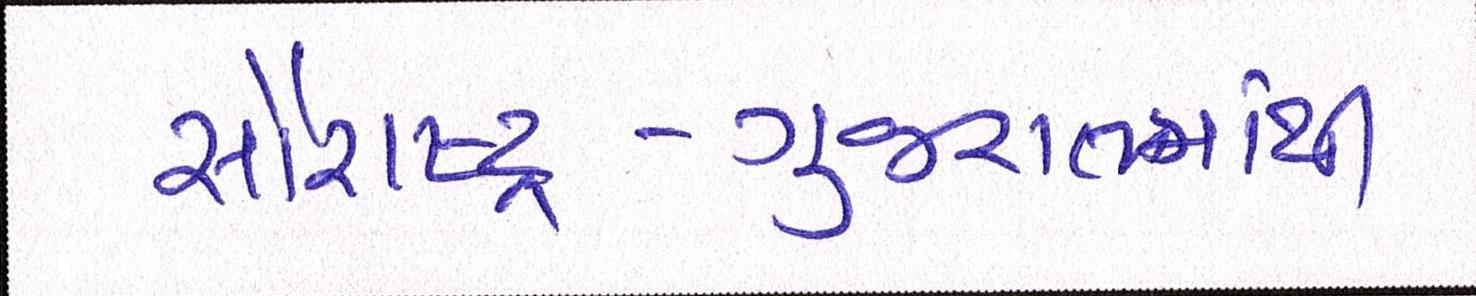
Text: સૌરાષ્ટ્ર-ગુજરાતમાંથી